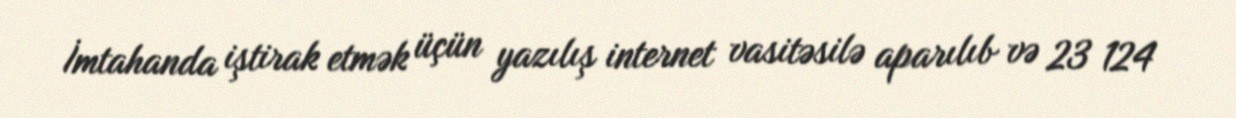
İmtahanda iştirak etmək üçün yazılış internet vasitəsilə aparılıb və 23 124